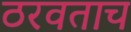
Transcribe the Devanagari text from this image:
ठरवताच